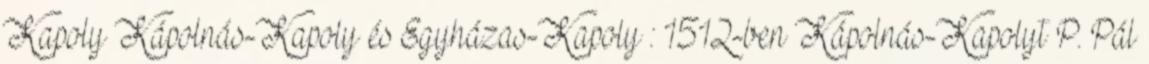
Kapoly Kápolnás-Kapoly és Egyházas-Kapoly : 1512-ben Kápolnás-Kapolyt P. Pál